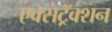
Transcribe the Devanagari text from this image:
एक्सट्रॅक्शन